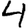
Digit: 4